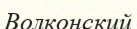
Волконский